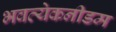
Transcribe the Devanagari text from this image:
भवत्येकनीडम